Vaccination in Bombay 1869-1873 - 1869-1873
Year: 1869
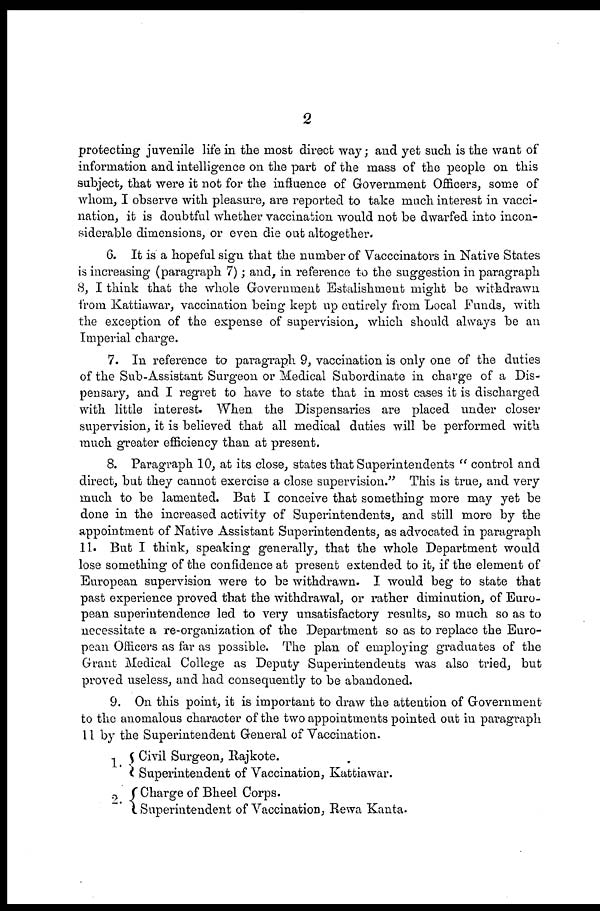
2
protecting juvenile life in the most direct way; and yet such is the want of
information and intelligence on the part of the mass of the people on this
subject, that were it not for the influence of Government Officers, some of
whom, I observe with pleasure, are reported to take much interest in vacci-
nation, it is doubtful whether vaccination would not be dwarfed into incon-
siderable dimensions, or even die out altogether.
6. It is a hopeful sign that the number of Vaccinators in Native States
is increasing (paragraph 7); and, in reference to the suggestion in paragraph
8, I think that the whole Government Estalishment might be withdrawn
from Kattiawar, vaccination being kept up entirely from Local Funds, with
the exception of the expense of supervision, which should always be an
Imperial charge.
7. In reference to paragraph 9, vaccination is only one of the duties
of the Sub-Assistant Surgeon or Medical Subordinate in charge of a Dis-
pensary, and I regret to have to state that in most cases it is discharged
with little interest. When the Dispensaries are placed under closer
supervision, it is believed that all medical duties will be performed with
much greater efficiency than at present.
8. Paragraph 10, at its close, states that Superintendents " control and
direct, but they cannot exercise a close supervision." This is true, and very
much to be lamented. But I conceive that something more may yet be
done in the increased activity of Superintendents, and still more by the
appointment of Native Assistant Superintendents, as advocated in paragraph
11. But I think, speaking generally, that the whole Department would
lose something of the confidence at present extended to it, if the element of
European supervision were to be withdrawn. I would beg to state that
past experience proved that the withdrawal, or rather diminution, of Euro-
pean superintendence led to very unsatisfactory results, so much so as to
necessitate a re-organization of the Department so as to replace the Euro-
pean Officers as far as possible. The plan of employing graduates of the
Grant Medical College as Deputy Superintendents was also tried, but
proved useless, and had consequently to be abandoned.
9. On this point, it is important to draw the attention of Government
to the anomalous character of the two appointments pointed out in paragraph
11 by the Superintendent General of Vaccination.
1.
2. .
Civil Surgeon, Rajkote.
Superintendent of Vaccination, Kattiawar.
Charge of Bheel Corps.
Superintendent of Vaccination, Rewa Kanta.